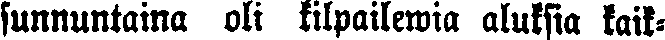
sunnuntaina oli kilpailewia aluksia kaik-